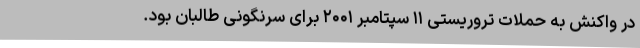
در واکنش به حملات تروریستی ۱۱ سپتامبر ۲۰۰۱ برای سرنگونی طالبان بود.